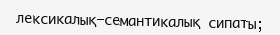
лексикалық-семантикалық сипаты;